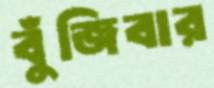
বুঁজিবার